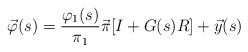
LaTeX: \begin{align*}\vec{\varphi}(s) = \frac{\varphi_1(s)}{\pi_1} \vec{\pi}[I + G(s)R] + \vec{y}(s)\end{align*}